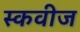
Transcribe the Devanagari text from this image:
स्कवीज